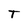
Character: T